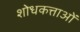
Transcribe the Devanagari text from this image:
शोधकत्ताओं